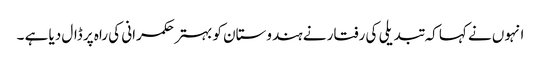
انہوں نے کہا کہ تبدیلی کی رفتار نے ہندوستان کو بہتر حکمرانی کی راہ پر ڈال دیا ہے ۔